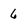
Character: 6